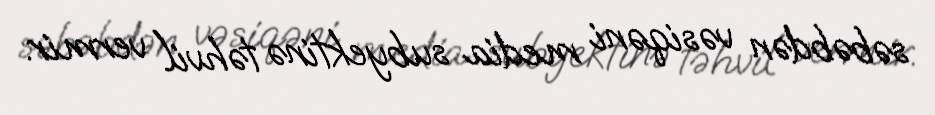
səbəbdən vəsiqəni media subyektinə təhvil vermir.